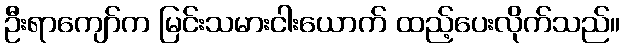
ဦးရာကျော်က မြင်းသမားငါးယောက် ထည့်ပေးလိုက်သည်။